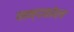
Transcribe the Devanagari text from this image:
नन्दकोल